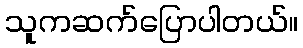
သူကဆက်ပြောပါတယ်။